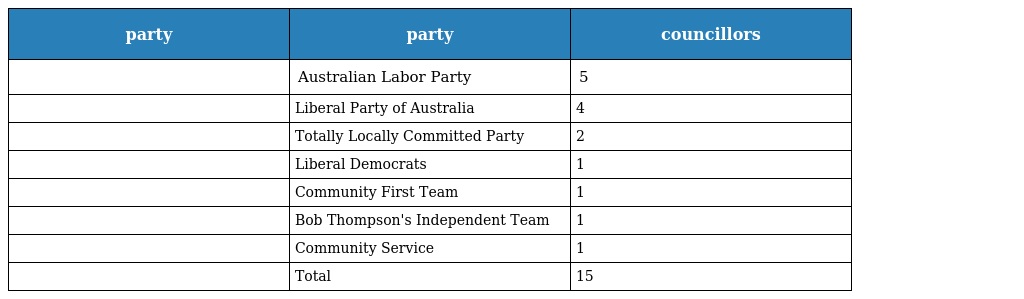
| party | party | councillors |
 | --- | --- | --- |
 |  | Australian Labor Party | 5 |
 |  | Liberal Party of Australia | 4 |
 |  | Totally Locally Committed Party | 2 |
 |  | Liberal Democrats | 1 |
 |  | Community First Team | 1 |
 |  | Bob Thompson's Independent Team | 1 |
 |  | Community Service | 1 |
 |  | Total | 15 |